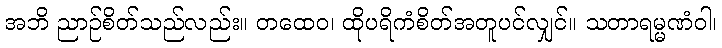
အဘိ ညာဉ်စိတ်သည်လည်း။ တထေဝ၊ ထိုပရိကံစိတ်အတူပင်လျှင်။ သတာရမ္မဏံဝါ၊